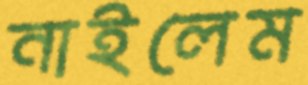
নাইলেম